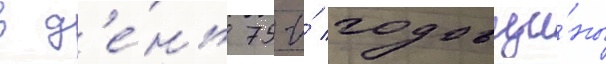
в д'е́нь 75-и́ годовщи́ны